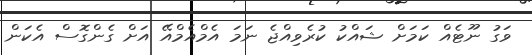
ވަގު ނޫޓެއް ކަމަށް ޝައްކު ކުރެވިއްޖެ ނަމަ އެމްއެމްއޭ އަށް ގެންގޮސް އެކަން